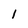
Character: 1